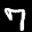
Label: 7